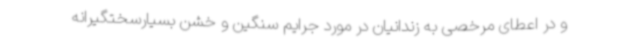
و در اعطای مرخصی به زندانیان در مورد جرایم سنگین و خشن بسیارسختگیرانه